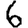
Digit: 6